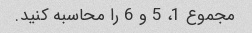
مجموع 1، 5 و 6 را محاسبه کنید.